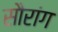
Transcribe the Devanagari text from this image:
सौरांग